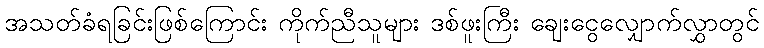
အသတ်ခံရခြင်းဖြစ်ကြောင်း ကိုက်ညီသူများ ဒစ်ဖူးကြီး ချေးငွေလျှောက်လွှာတွင်